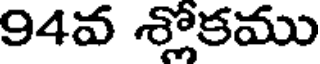
94వ శ్లోకము